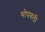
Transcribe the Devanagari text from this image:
थोपवली